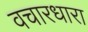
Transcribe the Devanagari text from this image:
वचारधारा